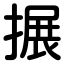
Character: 搌